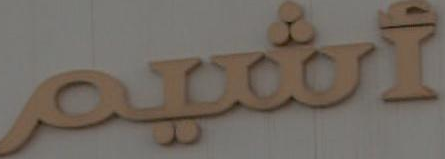
اشیم